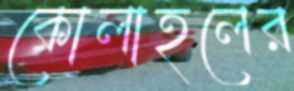
কোলাহলের